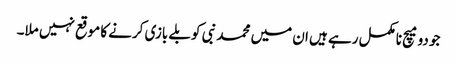
جو دو میچ نامکمل رہے ہیں ان میں محمد نبی کو بلے بازی کرنے کا موقع نہیں ملا۔